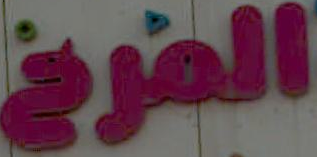
المرخ